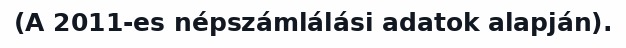
(A 2011-es népszámlálási adatok alapján).